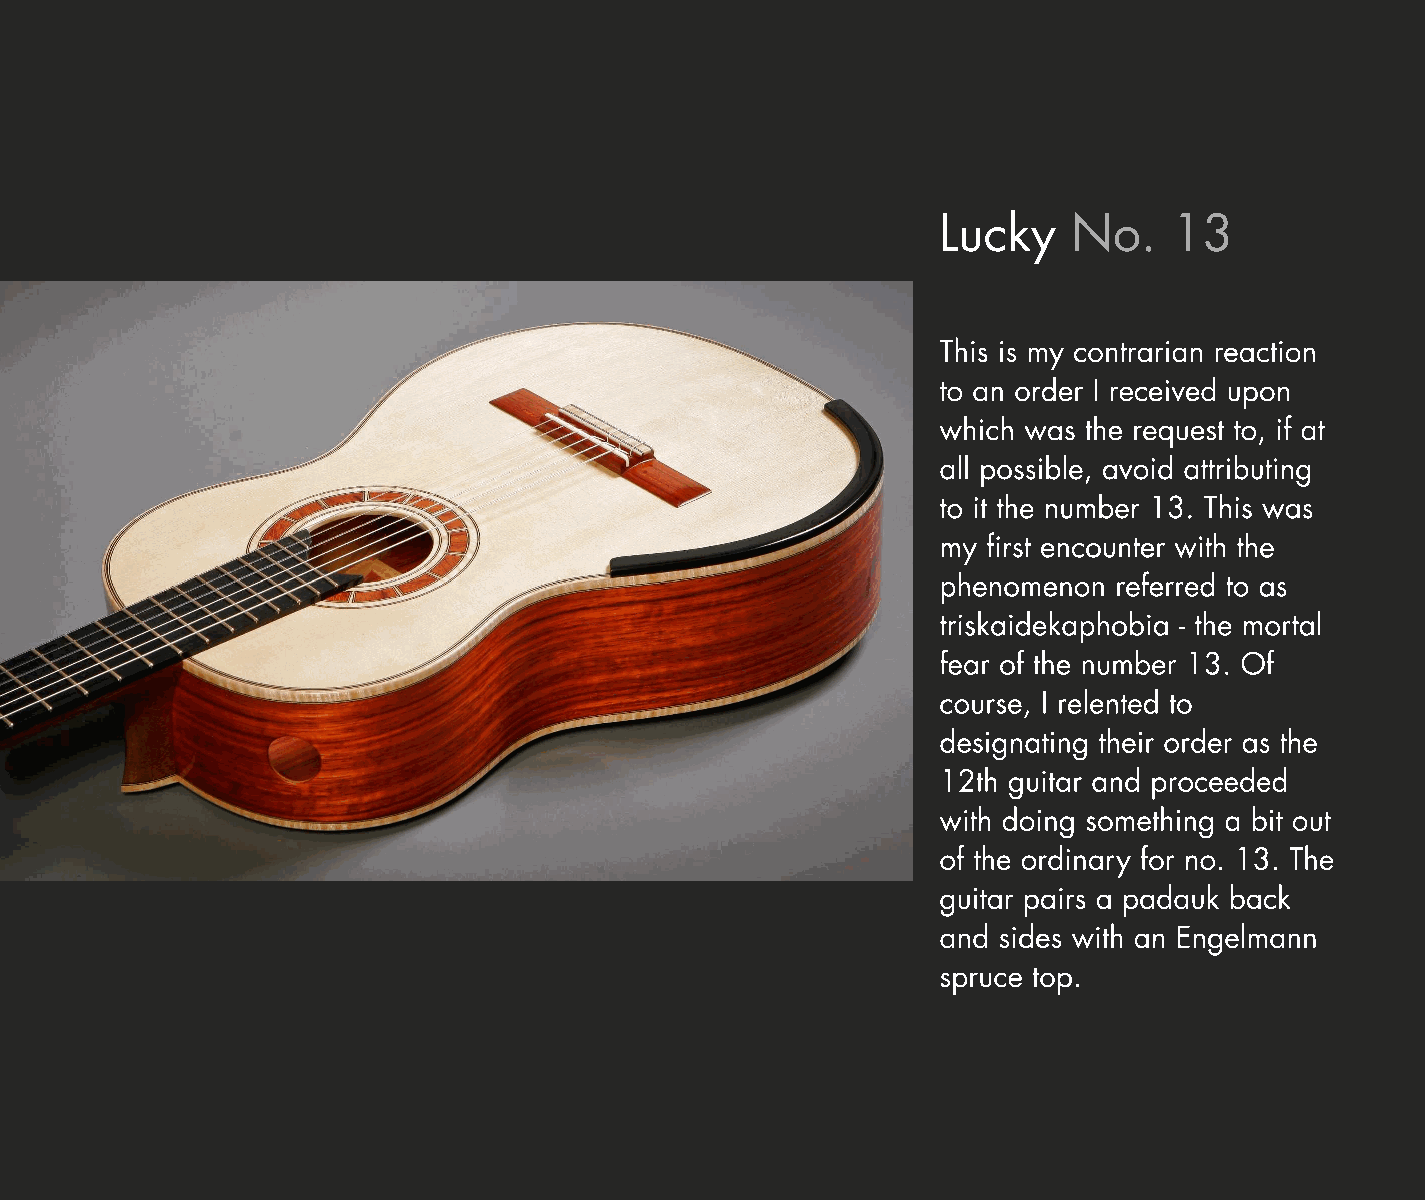
Lucky    No.    13
 This is my contrarian reaction
 to an order I received upon
 which was the request to, if at
 all possible, avoid attributing
 to it the number 13. This was
 my first encounter with the
 phenomenon  referred to as
 triskaidekaphobia - the mortal
 fear of the number 13. Of
 course, I relented to
 designating their order as the
 12th guitar and proceeded
 with doing something a bit out
 of the ordinary for no. 13. The
 guitar pairs a padauk back
 and sides with an Engelmann
 spruce top.